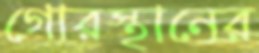
গোরস্থানের